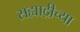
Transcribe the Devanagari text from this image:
सह्याद्रीच्‍या